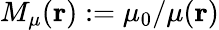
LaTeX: M_{\mu}({\mathbf r}):=\mu_{0}/\mu({\mathbf r})